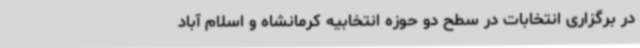
در برگزاری انتخابات در سطح دو حوزه انتخابیه کرمانشاه و اسلام آباد